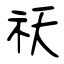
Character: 祅